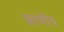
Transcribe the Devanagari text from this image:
भ्राणीय